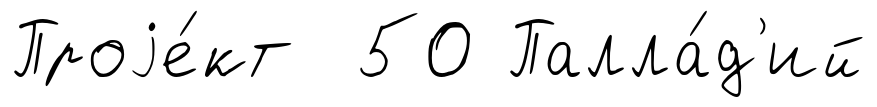
Проjе́кт 50 Палла́д'ий